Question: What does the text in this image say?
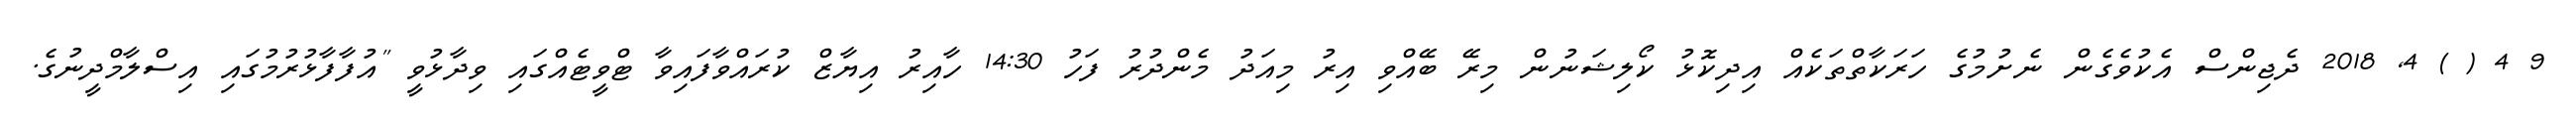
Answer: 9 4 ( ) 4, 2018 ދެޖިންސް އެކުވެގެން ނެށުމުގެ ހަރަކާތްތަކެއް އިދިކޮޅު ކޯލިޝަނުން މިރޭ ބޭއްވި އިރު މިއަދު މެންދުރު ފަހު 14:30 ހާއިރު އިޔާޒް ކުރައްވާފައިވާ ޓްވީޓެއްގައި ވިދާޅުވީ "އުފާފާޅުރުމުގައި އިސްލާމްދީނުގެ.